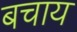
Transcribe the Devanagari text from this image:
बचाय